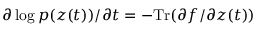
\partial \log p ( z ( t ) ) / \partial t = - \mathrm { T r } ( \partial f / \partial z ( t ) )